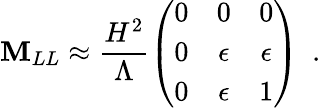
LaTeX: \mathbf{M}_{LL}\approx\frac{{H^{2}}}{{\Lambda}}\left(\begin{array}{ccc}{{0}}&{{0}}&{{0}}\\ {{0}}&{{\epsilon}}&{{\epsilon}}\\ {{0}}&{{\epsilon}}&{{1}}\end{array}\right)\, \, \, .